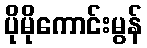
ပိုမိုကောင်းမွန်